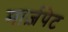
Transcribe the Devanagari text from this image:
मार्ज़पेट